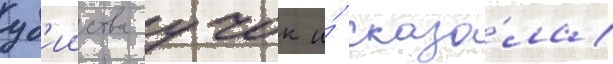
уб'ииства учок и́ сказа́ла